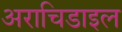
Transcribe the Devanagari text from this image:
अराचिडाइल